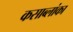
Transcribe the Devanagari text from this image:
कसाब्लांका